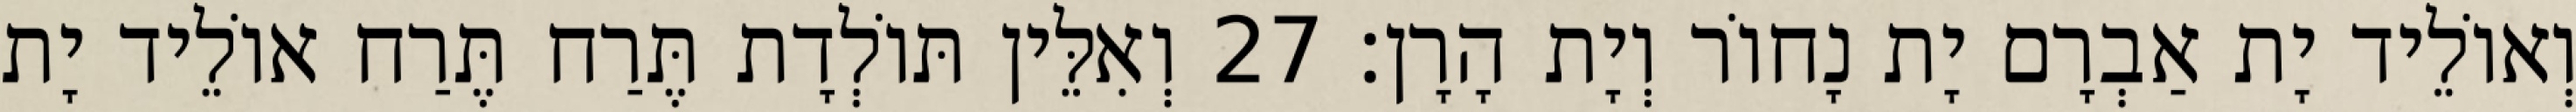
וְאוֹלֵיד יָת אַבְרָם יָת נָחוֹר וְיָת הָרָן׃ 27 וְאִלֵּין תּוֹלְדָת תֶּרַח תֶּרַח אוֹלֵיד יָת